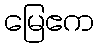
မြေဧက